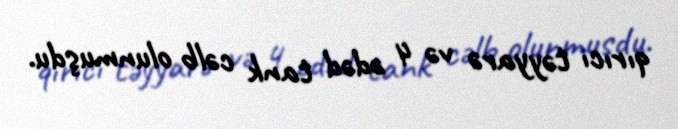
qırıcı təyyarə və 4 ədəd tank cəlb olunmuşdu.